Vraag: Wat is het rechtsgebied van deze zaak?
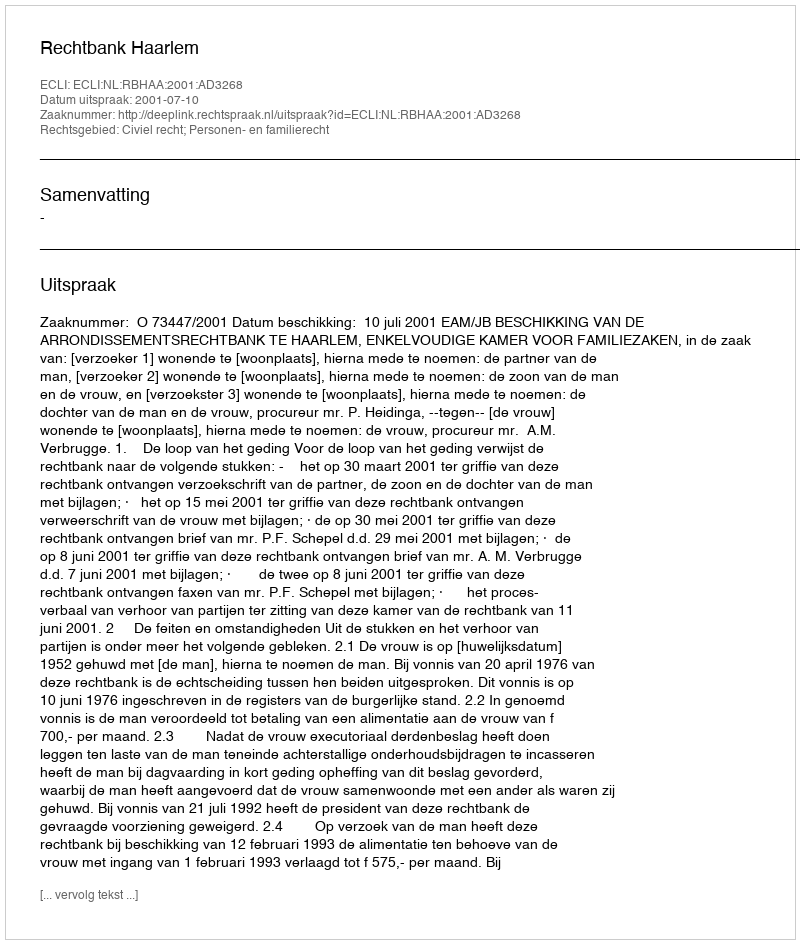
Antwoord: Civiel recht; Personen- en familierecht